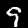
Digit: 9